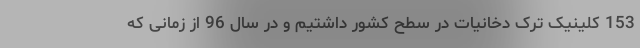
153 کلینیک ترک دخانیات در سطح کشور داشتیم و در سال 96 از زمانی که